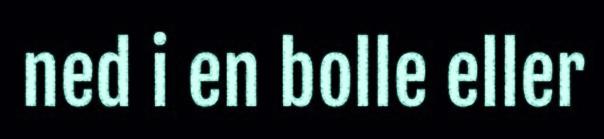
ned i en bolle eller